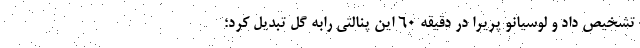
تشخیص داد و لوسیانو پریرا در دقیقه ۶۰ این پنالتی رابه گل‌ تبدیل کرد؛